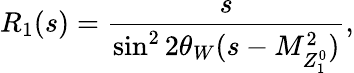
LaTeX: R_{1}(s)=\frac{s}{\sin^{2}2\theta_{W}(s-M_{Z_{1}^{0}}^{2})},